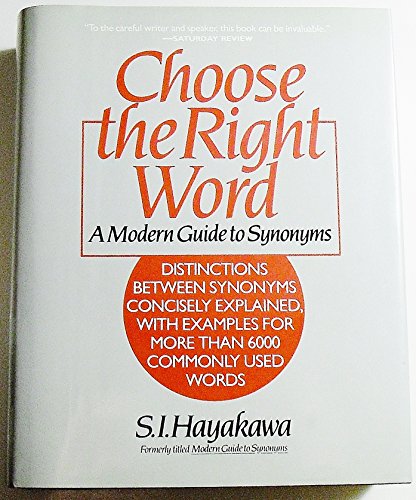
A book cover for Choose the right word: A modern guide to synonyms; Samuel I. Hayakawa; Reference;